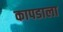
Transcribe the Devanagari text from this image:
कापडाला